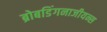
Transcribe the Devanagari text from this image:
ब्रोबडिंगनाजीयन्स